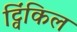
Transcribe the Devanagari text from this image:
ट्विंकिल